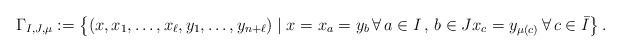
LaTeX: \begin{align*}\Gamma_{I,J,\mu}:=\bigl\{(x,x_1,\dots,x_\ell,y_1,\dots,y_{n+\ell})\mid x=x_a=y_b\,\forall\, a\in I\,,\, b\in J x_c=y_{\mu(c)}\,\forall\,c\in \bar I\bigr\}\,. \end{align*}